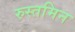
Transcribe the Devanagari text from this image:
रुस्तमिन